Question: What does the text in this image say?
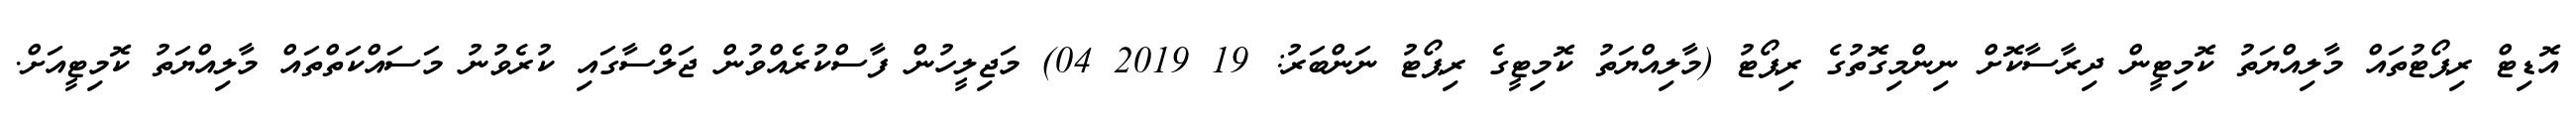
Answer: އޮޑިޓް ރިޕޯޓުތައް މާލިއްޔަތު ކޮމިޓީން ދިރާސާކޮށް ނިންމިގޮތުގެ ރިޕޯޓު (މާލިއްޔަތު ކޮމިޓީގެ ރިޕޯޓު ނަންބަރު: 19 2019 04) މަޖިލީހުން ފާސްކުރެއްވުން ޖަލްސާގައި ކުރެވުނު މަސައްކަތްތައް މާލިއްޔަތު ކޮމިޓީއަށް.